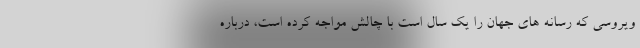
ویروسی که رسانه های جهان را یک سال است با چالش مواجه کرده است، درباره